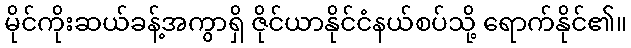
မိုင်ကိုးဆယ်ခန့်အကွာရှိ ဇိုင်ယာနိုင်ငံနယ်စပ်သို့ ရောက်နိုင်၏။